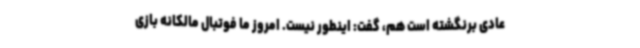
عادی برنگشته است هم، گفت: اینطور نیست. امروز ما فوتبال مالکانه بازی